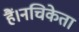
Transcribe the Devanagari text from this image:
हैं।नचिकेता